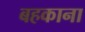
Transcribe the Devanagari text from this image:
बहकाना